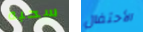
سحبه الأحتفال